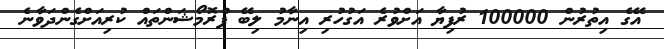
އޭގެ އިތުރުން 100000 ރުފިޔާ އަށްވުރެ އަގުހުރި އިނާމު ލިބޭ ޕްރޮމޯޝަންތައް ކުރިއަށްގެންދަވާނެ